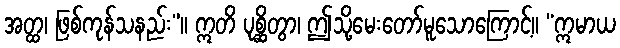
အတ္ထ၊ ဖြစ်ကုန်သနည်း”။ ဣတိ ပုစ္ဆိတွာ၊ ဤသို့မေးတော်မူသောကြောင့်။ “ဣမာယ